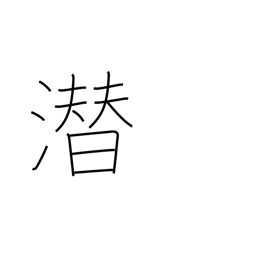
Meaning: hide